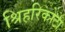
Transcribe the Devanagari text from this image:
श्रिहरिकोटा